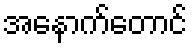
အနောက်တောင်